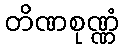
တိဏစုဏ္ဏံ